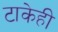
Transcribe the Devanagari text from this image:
टाकेही